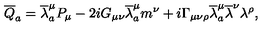
{ \overline { { Q } } } _ { a } = { \overline { \lambda } } _ { a } ^ { \mu } P _ { \mu } - 2 i G _ { \mu \nu } { \overline { \lambda } } _ { a } ^ { \mu } m ^ { \nu } + i \Gamma _ { \mu \nu \rho } { \overline { \lambda } } _ { a } ^ { \mu } { \overline { \lambda } } ^ { \nu } \lambda ^ { \rho } ,